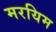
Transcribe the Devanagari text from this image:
मरयिम